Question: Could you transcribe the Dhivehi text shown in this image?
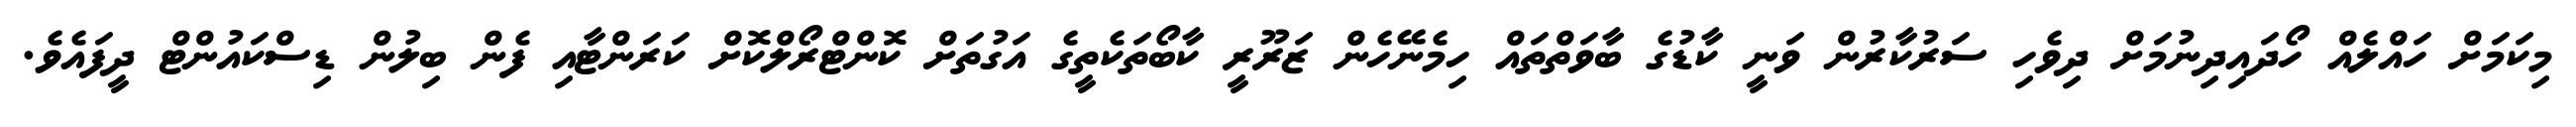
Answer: މިކަމަށް ހައްލެއް ހޯދައިދިނުމަށް ދިވެހި ސަރުކާރުން ވަނީ ކާޑުގެ ބާވަތްތައް ހިމެނޭހެން ޒަރޫރީ ކާބޯތަކެތީގެ އަގުތަށް ކޮންޓްރޯލްކޮށް ކަރަންޓާއި ފެން ބިލުން ޑިސްކައުންޓް ދީފައެވެ.